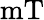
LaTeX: \mathrm{mT}